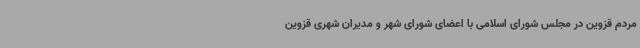
مردم قزوین در مجلس شورای اسلامی با اعضای شورای شهر و مدیران شهری قزوین